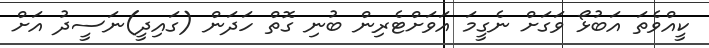
ކީއްވެތަ އަބުޅޯ ވަގަށް ނެގީމަ އަވަށްޓެރިން ބުނި ގޮތް ހަދަން (ގައިދީ)ނަސީދު އަށް